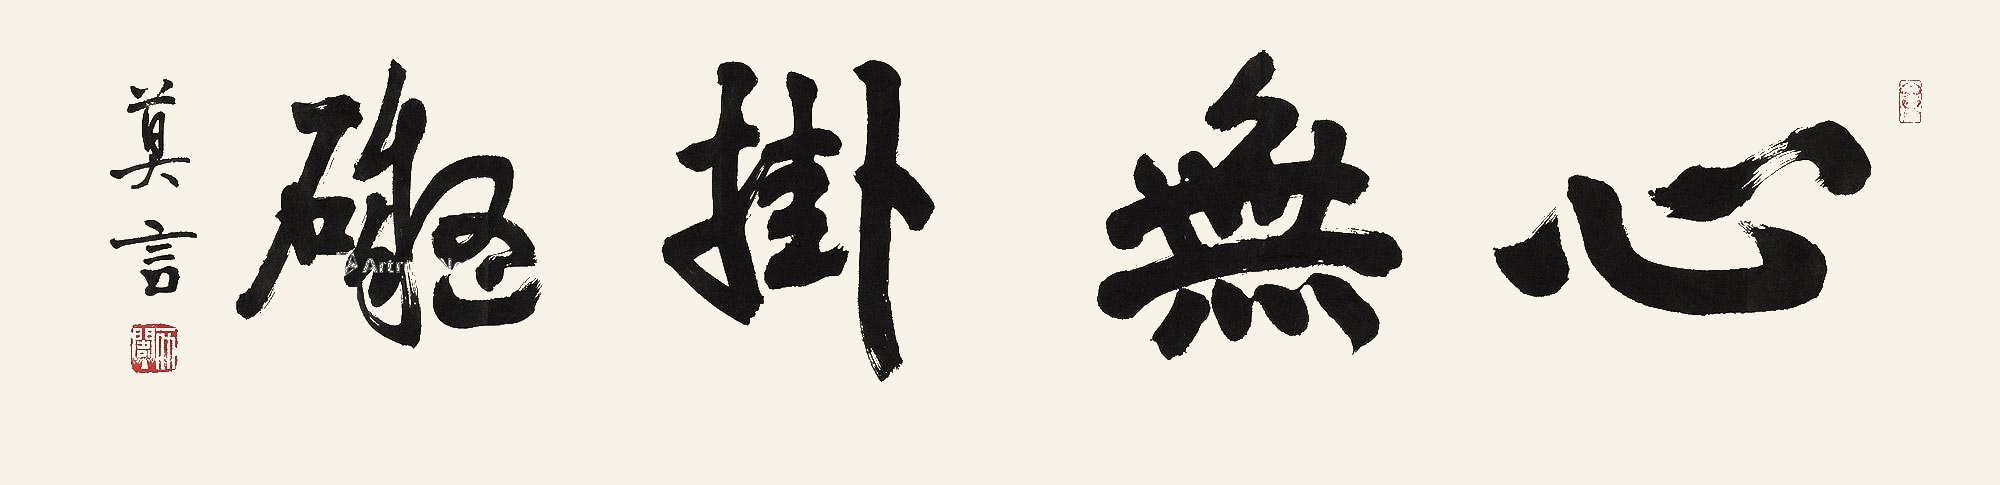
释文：心无挂碍莫言